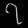
Digit: ၇